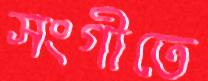
সংগীতে